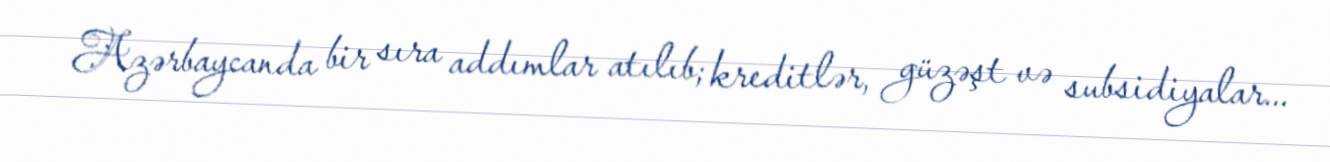
Azərbaycanda bir sıra addımlar atılıb; kreditlər, güzəşt və subsidiyalar...